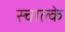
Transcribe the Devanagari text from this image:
स्चाल्के